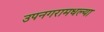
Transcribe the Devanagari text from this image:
उपनगरामधल्या